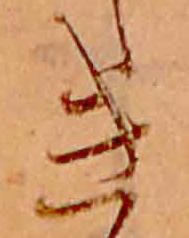
き